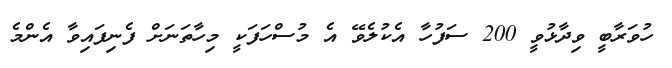
ހުވަރާބީ ވިދާޅުވީ 200 ސަފުހާ އެކުލެވޭ އެ މުސްހަފަކީ މިހާތަނަށް ފެނިފައިވާ އެންމެ